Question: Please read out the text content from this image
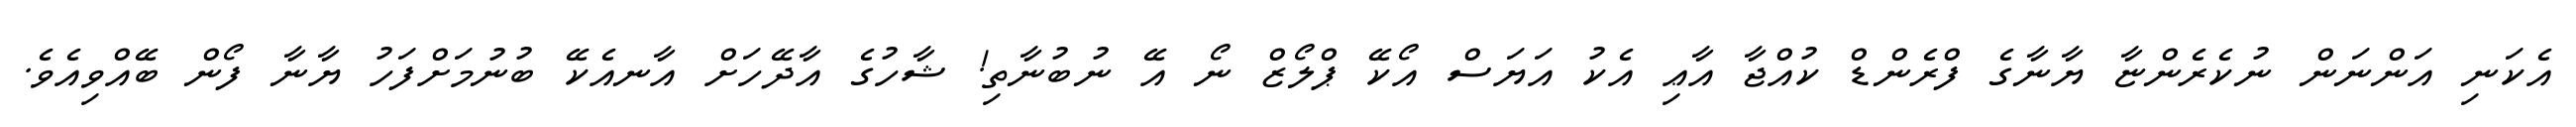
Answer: އެކަނި އަންނަން ނުކެރެންޏާ ޔާނާގެ ފްރެންޑް ކުއްޖާ އާޢި އެކު އަޔަސް އޯކޭ ޕްލޯޒް ނޯ އޭ ނުބުނާތި! ޝާހުގެ އާދޭހަށް އާނއެކޭ ބުނުމަށްފަހު ޔާނާ ފޯން ބޭއްވިއެވެ.